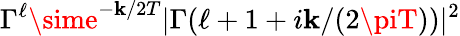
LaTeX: \Gamma^{\ell}\sime^{-\mathbf{k}/2T}|\Gamma(\ell+1+i\mathbf{k}/(2\piT))|^{2}